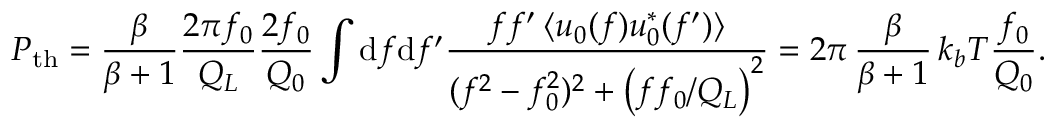
P _ { \mathrm { t h } } = \frac { \beta } { \beta + 1 } \frac { 2 \pi f _ { 0 } } { Q _ { L } } \frac { 2 f _ { 0 } } { Q _ { 0 } } \int \mathrm { d } f \mathrm { d } f ^ { \prime } \frac { f f ^ { \prime } \, \langle u _ { 0 } ( f ) u _ { 0 } ^ { * } ( f ^ { \prime } ) \rangle } { ( f ^ { 2 } - f _ { 0 } ^ { 2 } ) ^ { 2 } + \left( f f _ { 0 } / Q _ { L } \right) ^ { 2 } } = 2 \pi \, \frac { \beta } { \beta + 1 } \, k _ { b } T \frac { f _ { 0 } } { Q _ { 0 } } .